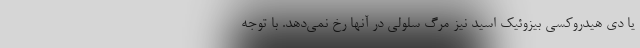
یا دی هیدروکسی بیزوئیک اسید نیز مرگ سلولی در آنها رخ نمی‌دهد. با توجه